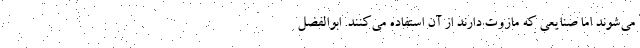
می‌شوند اما صنایعی که مازوت دارند از آن استفاده می‌کنند. ابوالفضل